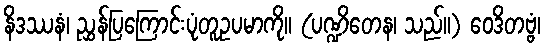
နိဒဿနံ၊ ညွှန်ပြကြောင်းပုံတူဥပမာကို။ (ပဏ္ဍိတေန၊ သည်။) ဝေဒိတဗ္ဗံ၊